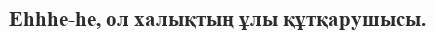
Еһһһе-һе, ол халықтың ұлы құтқарушысы.